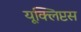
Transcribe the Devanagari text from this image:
यूक्लिप्टस